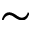
\sim